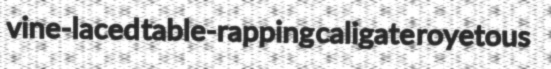
vine-laced table-rapping caligate royetous